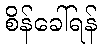
စိန်ခေါ်ရန်